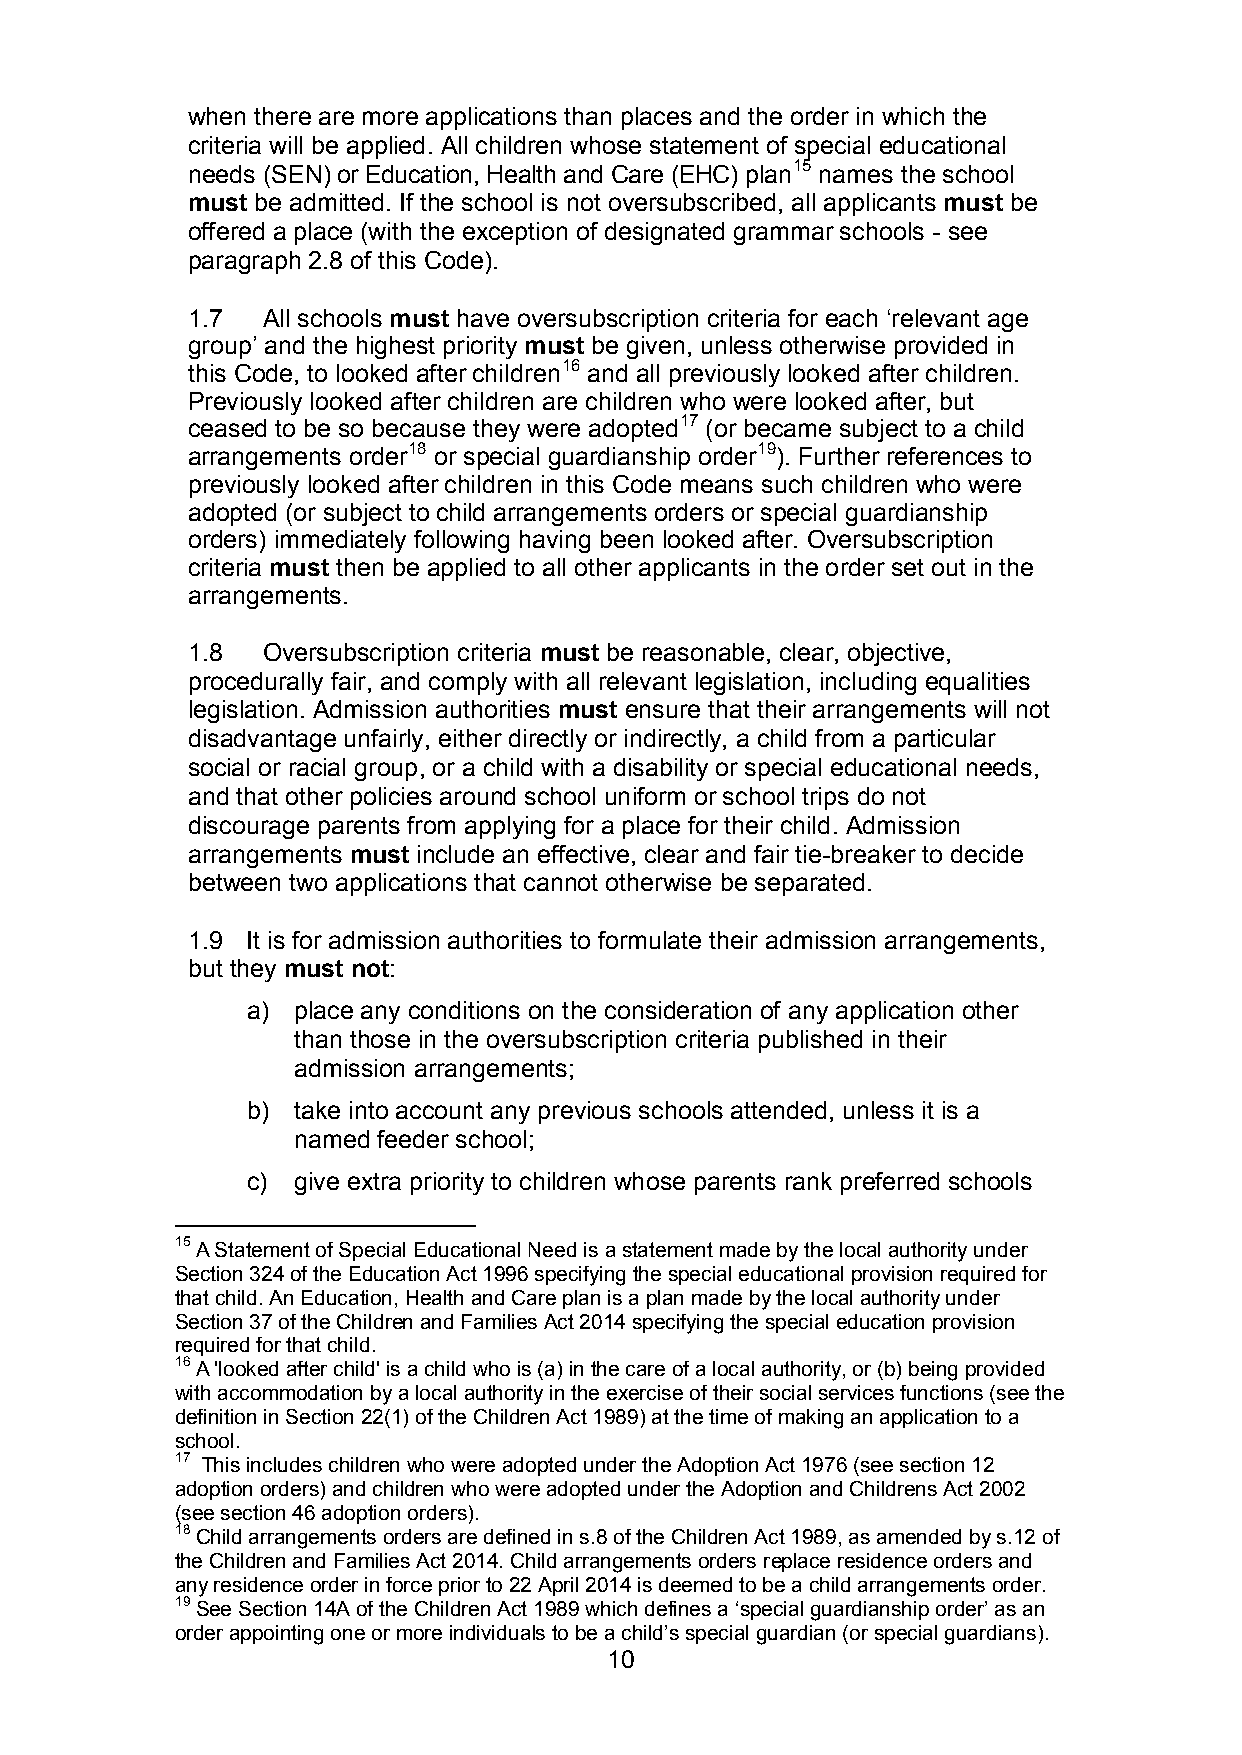
when there are more applications than places and the order in which the
 criteria will be applied. All children whose statement of special educational
 needs (SEN) or Education, Health and Care (EHC) plan15 names the school
 must be admitted. If the school is not oversubscribed, all applicants must be
 offered a place (with the exception of designated grammar schools - see
 paragraph 2.8 of this Code).
 1.7  All schools must have oversubscription criteria for each ‘relevant age
 group’ and the highest priority must be given, unless otherwise provided in
 this Code, to looked after children16 and all previously looked after children.
 Previously looked after children are children who were looked after, but
 ceased to be so because they were adopted17 (or became subject to a child
 arrangements order18 or special guardianship order19). Further references to
 previously looked after children in this Code means such children who were
 adopted (or subject to child arrangements orders or special guardianship
 orders) immediately following having been looked after. Oversubscription
 criteria must then be applied to all other applicants in the order set out in the
 arrangements.
 1.8  Oversubscription criteria must be reasonable, clear, objective,
 procedurally fair, and comply with all relevant legislation, including equalities
 legislation. Admission authorities must ensure that their arrangements will not
 disadvantage unfairly, either directly or indirectly, a child from a particular
 social or racial group, or a child with a disability or special educational needs,
 and that other policies around school uniform or school trips do not
 discourage parents from applying for a place for their child. Admission
 arrangements must include an effective, clear and fair tie-breaker to decide
 between two applications that cannot otherwise be separated.
 1.9 It is for admission authorities to formulate their admission arrangements,
 but they must not:
 a) place any conditions on the consideration of any application other
 than those in the oversubscription criteria published in their
 admission arrangements;
 b) take into account any previous schools attended, unless it is a
 named feeder school;
 c) give extra priority to children whose parents rank preferred schools
 15 A Statement of Special Educational Need is a statement made by the local authority under
 Section 324 of the Education Act 1996 specifying the special educational provision required for
 that child. An Education, Health and Care plan is a plan made by the local authority under
 Section 37 of the Children and Families Act 2014 specifying the special education provision
 required for that child.
 16 A 'looked after child' is a child who is (a) in the care of a local authority, or (b) being provided
 with accommodation by a local authority in the exercise of their social services functions (see the
 definition in Section 22(1) of the Children Act 1989) at the time of making an application to a
 school.
 17 This includes children who were adopted under the Adoption Act 1976 (see section 12
 adoption orders) and children who were adopted under the Adoption and Childrens Act 2002
 (see section 46 adoption orders).
 18 Child arrangements orders are defined in s.8 of the Children Act 1989, as amended by s.12 of
 the Children and Families Act 2014. Child arrangements orders replace residence orders and
 any residence order in force prior to 22 April 2014 is deemed to be a child arrangements order.
 19 See Section 14A of the Children Act 1989 which defines a ‘special guardianship order’ as an
 order appointing one or more individuals to be a child’s special guardian (or special guardians).
 10